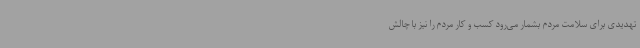
تهدیدی برای سلامت مردم بشمار می‌رود کسب و کار مردم را نیز با چالش